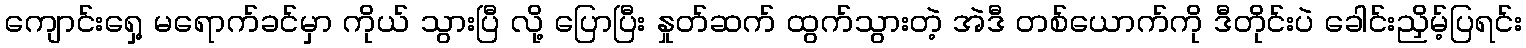
ကျောင်းရှေ့ မရောက်ခင်မှာ ကိုယ် သွားပြီ လို့ ပြောပြီး နှုတ်ဆက် ထွက်သွားတဲ့ အဲဒီ တစ်ယောက်ကို ဒီတိုင်းပဲ ခေါင်းညှိမ့်ပြရင်း